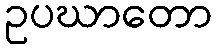
ဥပဃာတော